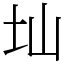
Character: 圸